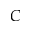
C